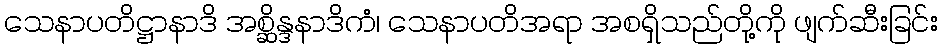
သေနာပတိဋ္ဌာနာဒိ အစ္ဆိန္ဒနာဒိကံ၊ သေနာပတိအရာ အစရှိသည်တို့ကို ဖျက်ဆီးခြင်း